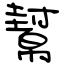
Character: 幫